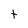
Character: t